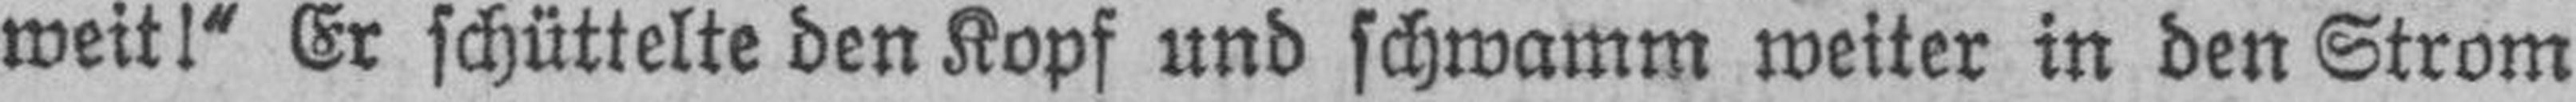
weit!“ Er schüttelte den Kopf und schwamm weiter in den Strom